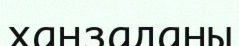
ханзаданы